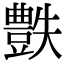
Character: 𧰅